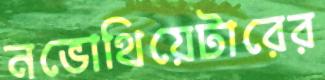
নভোথিয়েটারের